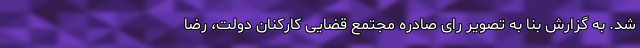
شد. به گزارش بنا به تصویر رای صادره مجتمع قضایی کارکنان دولت، رضا